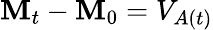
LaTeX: \mathbf{M}_{t}-\mathbf{M}_{0}=V_{A(t)}